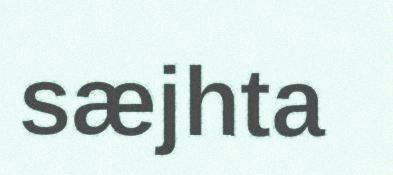
sæjhta